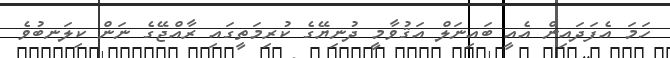
ހަމަ އެފަދައިން އެއީ ބައިނަލް އަޤުވާމީ ދުނިޔޭގެ ކުރިމަތީގައި ރާއްޖޭގެ ނަން ކިލަނބުވެ